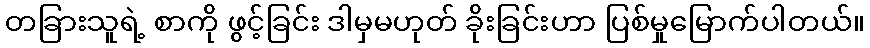
တခြားသူရဲ့ စာကို ဖွင့်ခြင်း ဒါမှမဟုတ် ခိုးခြင်းဟာ ပြစ်မှုမြောက်ပါတယ်။